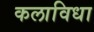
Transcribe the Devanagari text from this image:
कलाविधा